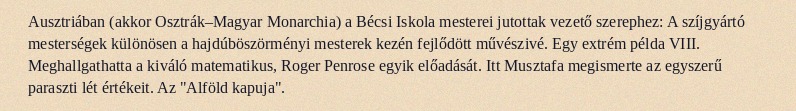
Ausztriában (akkor Osztrák–Magyar Monarchia) a Bécsi Iskola mesterei jutottak vezető szerephez: A szíjgyártó mesterségek különösen a hajdúböszörményi mesterek kezén fejlődött művészivé. Egy extrém példa VIII. Meghallgathatta a kiváló matematikus, Roger Penrose egyik előadását. Itt Musztafa megismerte az egyszerű paraszti lét értékeit. Az "Alföld kapuja".